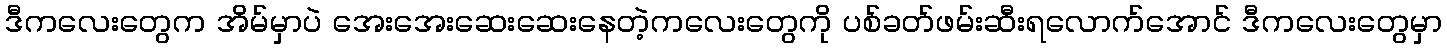
ဒီကလေးတွေက အိမ်မှာပဲ အေးအေးဆေးဆေးနေတဲ့ကလေးတွေကို ပစ်ခတ်ဖမ်းဆီးရလောက်အောင် ဒီကလေးတွေမှာ